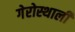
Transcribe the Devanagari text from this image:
गेरोस्थाली